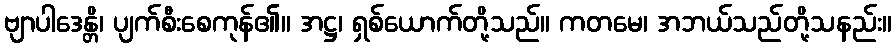
ဗျာပါဒေန္တိ၊ ပျက်စီးစေကုန်၏။ အဋ္ဌ၊ ရှစ်ယောက်တို့သည်။ ကတမေ၊ အဘယ်သည်တို့သနည်း။